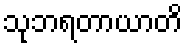
သုဘရတာယာတိ